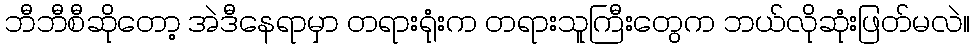
ဘီဘီစီဆိုတော့ အဲဒီနေရာမှာ တရားရုံးက တရားသူကြီးတွေက ဘယ်လိုဆုံးဖြတ်မလဲ။